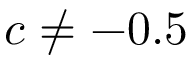
c \neq - 0 . 5